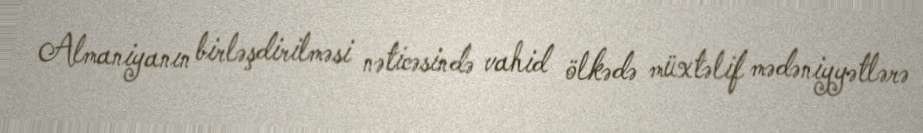
Almaniyanın birləşdirilməsi nəticəsində vahid ölkədə müxtəlif mədəniyyətlərə